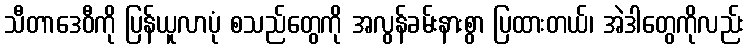
သီတာဒေဝီကို ပြန်ယူလာပုံ စသည်တွေကို အလွန်ခမ်းနားစွာ ပြထားတယ်၊ အဲဒါတွေကိုလည်း